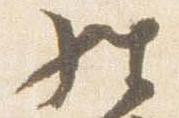
経